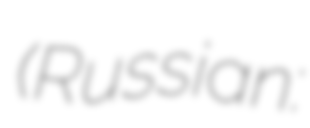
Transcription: (Russian: